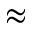
\approx